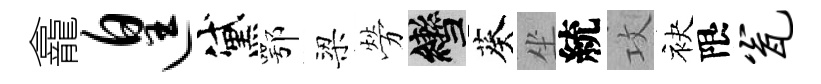
龕遑黛鄂梁勞轡葵坐統攻袂限瓮